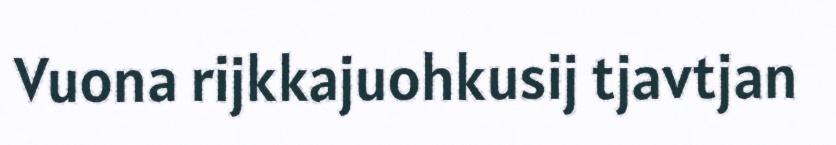
Vuona rijkkajuohkusij tjavtjan